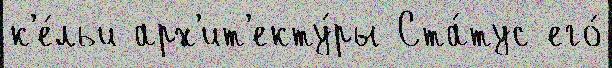
к'е́льи арх'ит'екту́ры Ста́тус его́